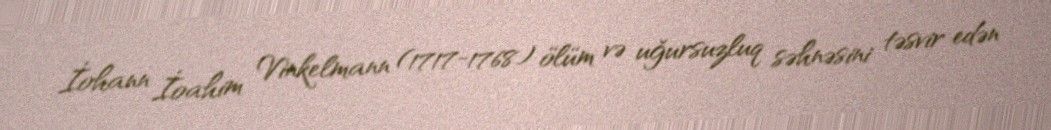
İohann İoahim Vinkelmann (1717-1768) ölüm və uğursuzluq səhnəsini təsvir edən